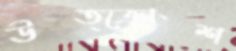
উত্ক্রোশ